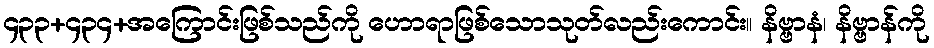
၄၃၃+၄၃၄+အကြောင်းဖြစ်သည်ကို ဟောရာဖြစ်သောသုတ်လည်းကောင်း။ နိဗ္ဗာနံ၊ နိဗ္ဗာန်ကို